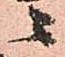
ニ